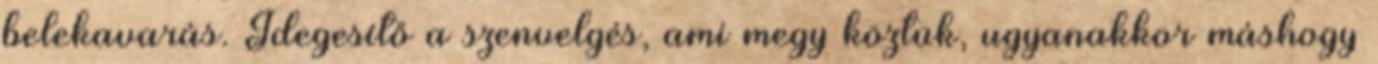
belekavarás. Idegesítő a szenvelgés, ami megy köztük, ugyanakkor máshogy